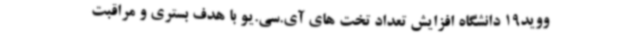
ووید19 دانشگاه افزایش تعداد تخت های آی.سی.یو با هدف بستری و مراقبت